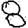
Digit: 8